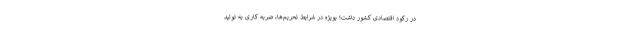
در رکود اقتصادی کشور داشت؛ بویژه در شرایط تحریم‌ها، ضربه کاری به تولید